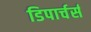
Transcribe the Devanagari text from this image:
डिपार्चर्स